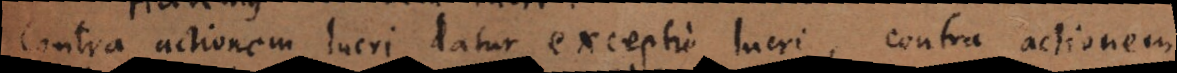
Contra actionem lucri datur exceptio lucri, contra actionem